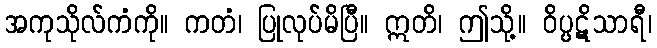
အကုသိုလ်ကံကို။ ကတံ၊ ပြုလုပ်မိပြီ။ ဣတိ၊ ဤသို့။ ဝိပ္ပဋိသာရီ၊